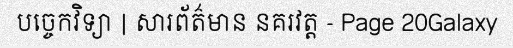
បច្ចេកវិទ្យា | សារព័ត៌មាន នគរវត្ត - Page 20Galaxy